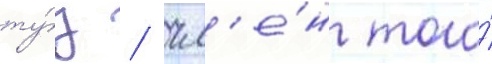
ту́з / чл'е́н того́